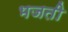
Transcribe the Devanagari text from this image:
भजती